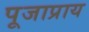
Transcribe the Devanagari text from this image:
पूजाप्राय